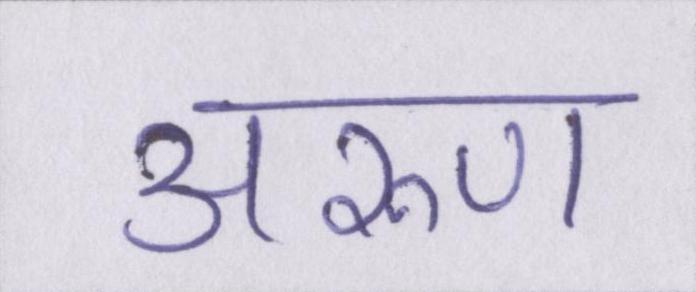
अरुण